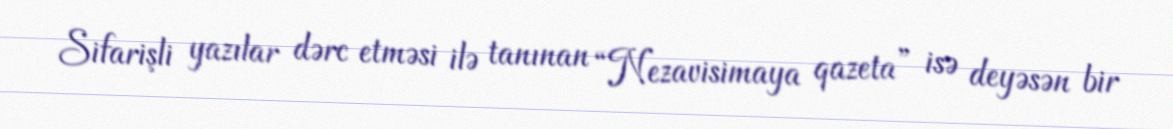
Sifarişli yazılar dərc etməsi ilə tanınan “Nezavisimaya qazeta” isə deyəsən bir